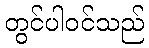
တွင်ပါဝင်သည်